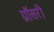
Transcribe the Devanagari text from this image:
ग्रॉसरी